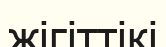
жігіттікі